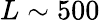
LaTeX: L\sim 500